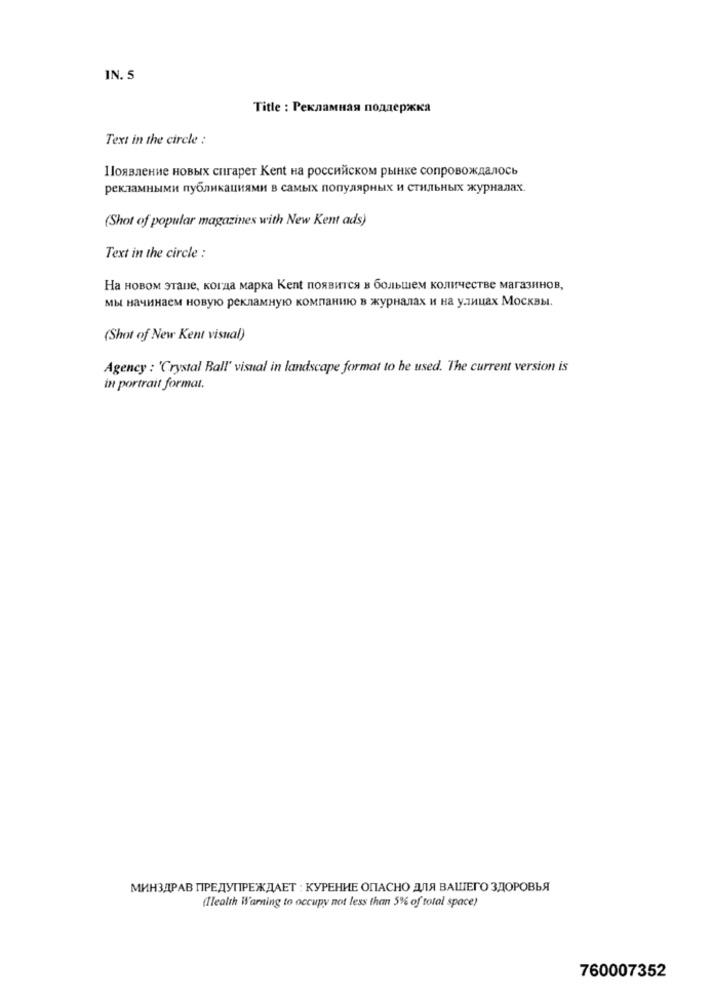
IN. 5
Title : Рекламная поддержка
Text in the circle :
Появление новых спгарет Kent на российском рынке сопровождалось
рекламными публикациями в самых популярных и стильных журналах.
(Shot of popular magazines with New Kent ads)
Text in the circle :
На новом этапе, когда марка Kent появится в большем количестве магазинов,
мы начинаем новую рекламную компанию в журналах и на улицах Москвы.
(Shot of New Kent visual)
Agency : 'Crystal Ball' visual in landscape format to be used. The current version is
in portrait format.
МИНЗДРАВ ПРЕДУПРЕЖДАЕТ : КУРЕНИЕ ОПАСНО ДЛЯ ВАШЕГО ЗДОРОВЬЯ
(Ilealth Warning to occupy not less than 5% of total space)
760007352